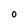
Character: O